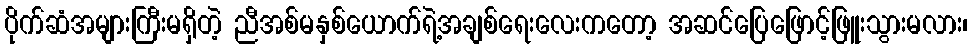
ပိုက်ဆံအများကြီးမရှိတဲ့ ညီအစ်မနှစ်ယောက်ရဲ့အချစ်ရေးလေးကတော့ အဆင်ပြေဖြောင့်ဖြူးသွားမလား၊